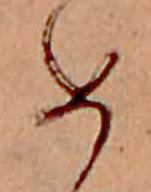
め